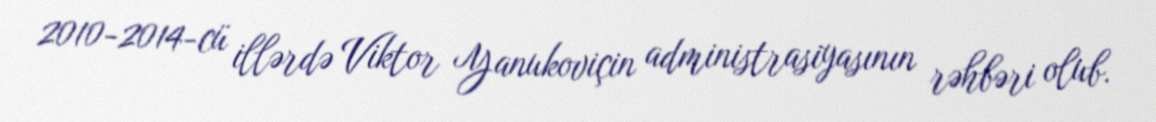
2010-2014-cü illərdə Viktor Yanukoviçin administrasiyasının rəhbəri olub.